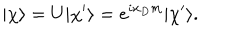
| { \chi } \rangle = U | \chi ^ { \prime } \rangle = e ^ { i x _ { D } m } | \chi ^ { \prime } \rangle .